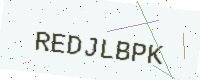
Text: REDJLBPK